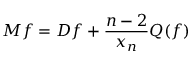
M f = D f + { \frac { n - 2 } { x _ { n } } } Q ( f )